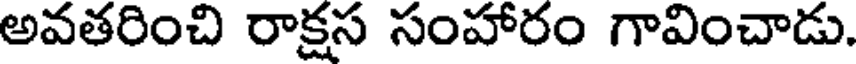
అవతరించి రాక్షస సంహారం గావించాడు.